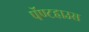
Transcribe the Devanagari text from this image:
पॅण्टहाउस